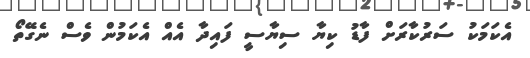
އެކަަމަކު ސަރުކާރަށް ފާޑު ކިޔާ ސިޔާސީ ފައިދާ އެއް އެކަމުން ވެސް ނެގޭތޯ